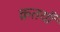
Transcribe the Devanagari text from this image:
क्रतयाँ